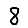
Digit: 8